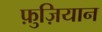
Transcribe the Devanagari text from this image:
फ़ुज़ियान